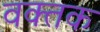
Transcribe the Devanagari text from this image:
वक्तक